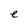
Character: e